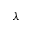
\lambda